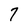
Character: 7